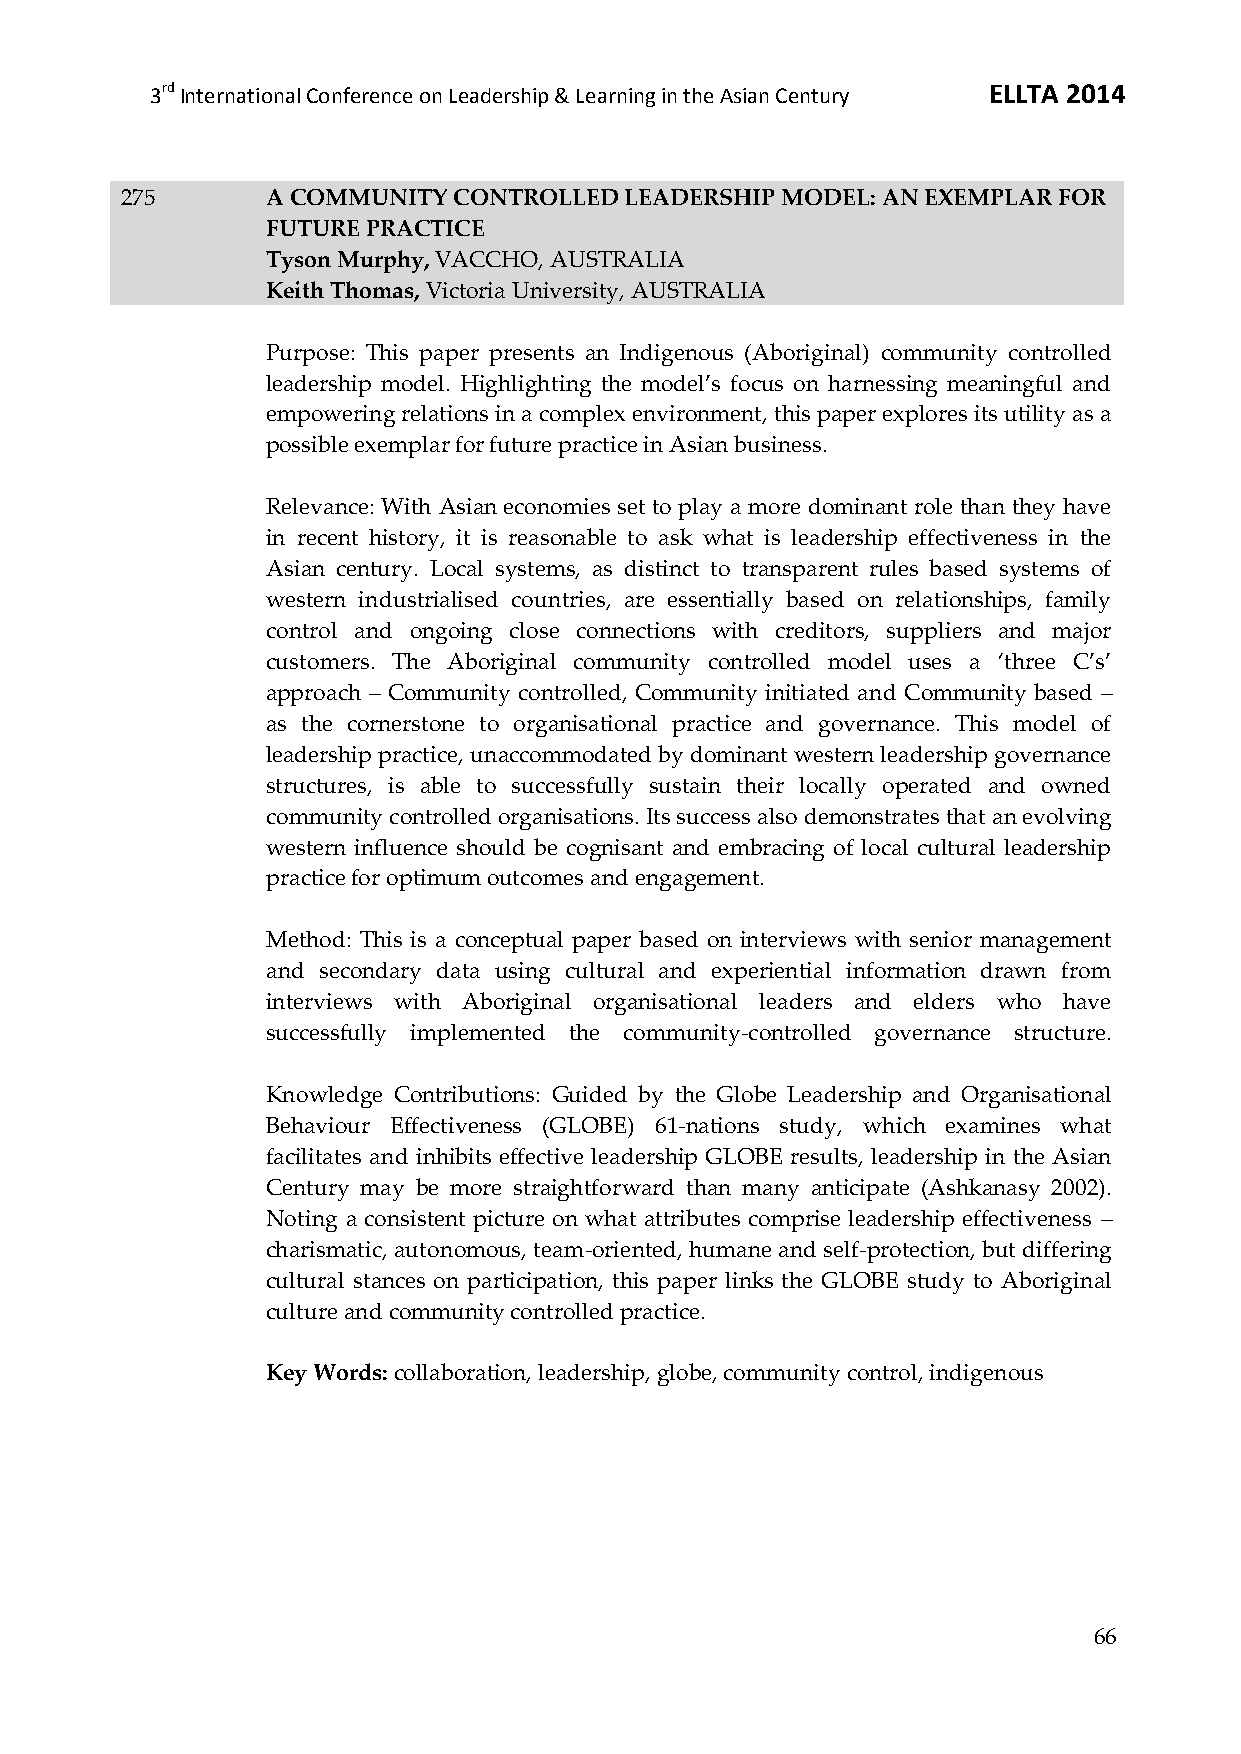
3rd International Conference on Leadership & Learning in the Asian Century ELLTA 2014
 275       A COMMUNITY CONTROLLED LEADERSHIP MODEL: AN EXEMPLAR FOR
 FUTURE PRACTICE
 Tyson Murphy, VACCHO, AUSTRALIA
 Keith Thomas, Victoria University, AUSTRALIA
 Purpose: This paper presents an Indigenous (Aboriginal) community controlled
 leadership model. Highlighting the model’s focus on harnessing meaningful and
 empowering relations in a complex environment, this paper explores its utility as a
 possible exemplar for future practice in Asian business.
 Relevance: With Asian economies set to play a more dominant role than they have
 in recent history, it is reasonable to ask what is leadership effectiveness in the
 Asian century. Local systems, as distinct to transparent rules based systems of
 western industrialised countries, are essentially based on relationships, family
 control and ongoing close connections with creditors, suppliers and major
 customers. The Aboriginal community controlled model uses a ‘three C’s’
 approach – Community controlled, Community initiated and Community based –
 as the cornerstone to organisational practice and governance. This model of
 leadership practice, unaccommodated by dominant western leadership governance
 structures, is able to successfully sustain their locally operated and owned
 community controlled organisations. Its success also demonstrates that an evolving
 western influence should be cognisant and embracing of local cultural leadership
 practice for optimum outcomes and engagement.
 Method: This is a conceptual paper based on interviews with senior management
 and secondary data using cultural and experiential information drawn from
 interviews with Aboriginal organisational leaders and elders who have
 successfully implemented the community-controlled governance structure.
 Knowledge Contributions: Guided by the Globe Leadership and Organisational
 Behaviour Effectiveness (GLOBE) 61-nations study, which examines what
 facilitates and inhibits effective leadership GLOBE results, leadership in the Asian
 Century may be more straightforward than many anticipate (Ashkanasy 2002).
 Noting a consistent picture on what attributes comprise leadership effectiveness –
 charismatic, autonomous, team-oriented, humane and self-protection, but differing
 cultural stances on participation, this paper links the GLOBE study to Aboriginal
 culture and community controlled practice.
 Key Words: collaboration, leadership, globe, community control, indigenous
 66